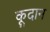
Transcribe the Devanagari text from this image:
कूदान